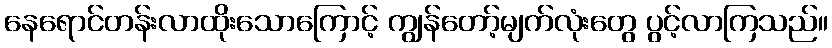
နေရောင်တန်းလာထိုးသောကြောင့် ကျွန်တော့်မျက်လုံးတွေ ပွင့်လာကြသည်။